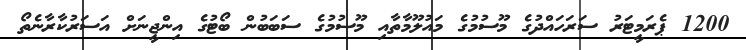
1200 ޕެރަމީޓަރު ސަރަހައްދުގެ މޫސުމުގެ މައުލޫމާތާއި މޫސުމުގެ ސަބަބުން ބޯޓުގެ އިންޖީނަށް އަސަރުކާރާނެތޯ